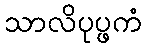
သာလိပုပ္ဖကံ